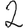
Digit: 2